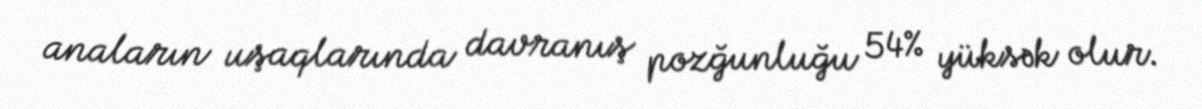
anaların uşaqlarında davranış pozğunluğu 54% yüksək olur.